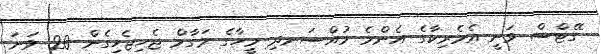
ގޭޓްސް ވަނީ އެމެރިކާގެ އެންމެ މުއްސަނދި މީހާގެ މަގާމް ޖެހިޖެހިގެން 20 ވަނަ